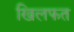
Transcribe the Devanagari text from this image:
खिलफत